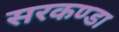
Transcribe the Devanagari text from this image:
सरकण्डा